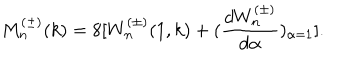
M _ { n } ^ { ( \pm ) } ( k ) = 8 [ W _ { n } ^ { ( \pm ) } ( 1 , k ) + ( \frac { d W _ { n } ^ { ( \pm ) } } { d \alpha } ) _ { \alpha = 1 } ] .